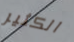
الكثير